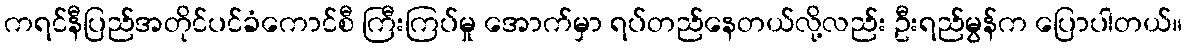
ကရင်နီပြည်အတိုင်ပင်ခံကောင်စီ ကြီးကြပ်မှု အောက်မှာ ရပ်တည်နေတယ်လို့လည်း ဦးရည်မွန်က ပြောပါတယ်။